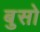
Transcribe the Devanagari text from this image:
बुसो